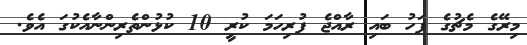
މިރޭގެ މެޗުގެ ފަހު ބައި ރާއްޖެ ފުރިހަމަ ކުރީ 10 ކުޅުންތެރިންނާއެކުގަ އެވެ.